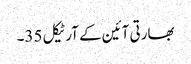
بھارتی آئین کے آرٹیکل 35۔